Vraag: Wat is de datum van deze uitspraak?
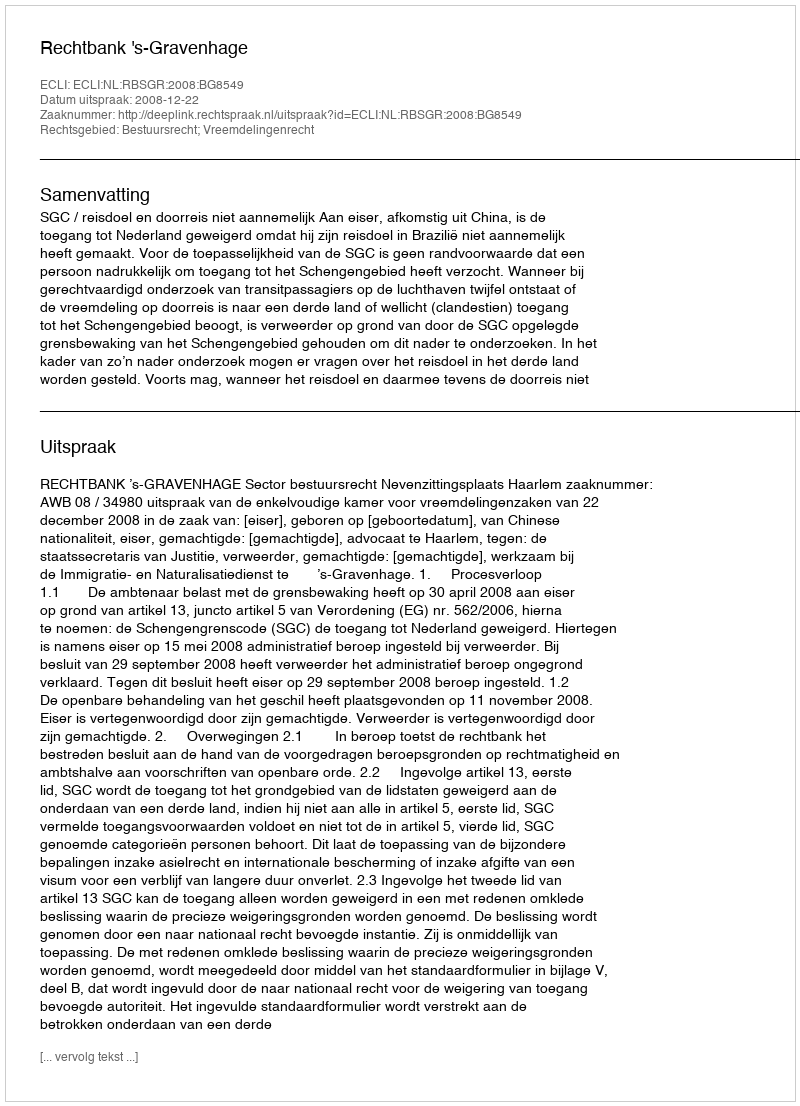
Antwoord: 2008-12-22